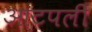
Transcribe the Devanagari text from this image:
आटपली